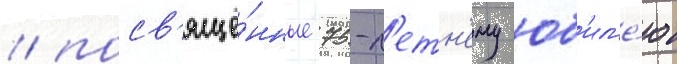
/ посв'ящё́нные 75-л'етн'ему юб'ил'е́ю